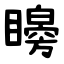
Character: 矈